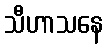
သီဟာသနေ